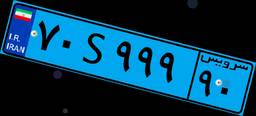
۸۳S۸۰۷۲۷